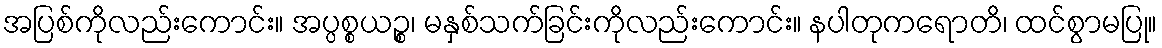
အပြစ်ကိုလည်းကောင်း။ အပ္ပစ္စယဉ္စ၊ မနှစ်သက်ခြင်းကိုလည်းကောင်း။ နပါတုကရောတိ၊ ထင်စွာမပြု။